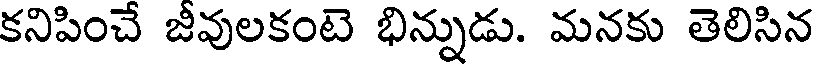
కనిపించే జీవులకంటె భిన్నుడు. మనకు తెలిసిన